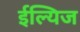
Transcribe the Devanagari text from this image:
ईल्यिज